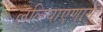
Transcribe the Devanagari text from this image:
ललियाएणामं